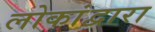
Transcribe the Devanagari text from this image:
लोकांद्वारा